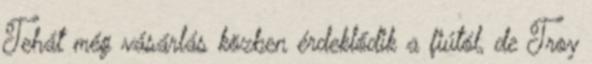
Tehát még vásárlás közben érdeklődik a fiútól, de Troy